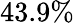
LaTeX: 43.9\%